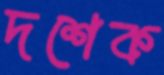
দশেক